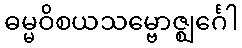
ဓမ္မဝိစယသမ္ဗောဇ္ဈင်္ဂေါ